Vital statistics of India. Vol. IV, Annual returns from 1871 to 1876. British Army of India, Native Army and jails of Bengal
Year: 1871
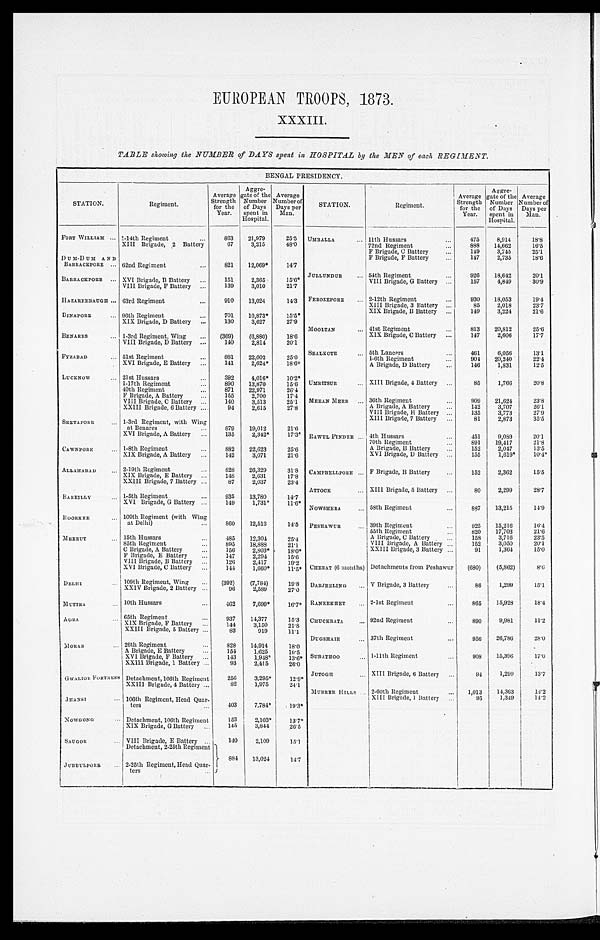
EUROPEAN TROOPS, 1873.
XXXIII.
TABLE showing the NUMBER of DAYS spent in HOSPITAL by the MEN of each REGIMENT.
BENGAL PRESIDENCY.
STATION.
Regiment.
Average
Strength
for the
Year.
Aggre-
gate of the
Number
of Days
spent in
Hospital.
Average
Number of
Days per
Man.
STATION.
Regiment.
Average
Strength
for the
Year.
Aggre-
gate of the
Number
of Days
spent in
Hospital.
Average
Number of
Days per
Man.
FORT WILLIAM . . . 1-14th Regiment . . .
863
21,979
25.5
UMBALLA . . . 11th Hussars . . .
475
8,914
18.8
XIII Brigade, 2 Battery
67
3,215
48.0
72nd Regiment . . .
888
14,662
16.5
F Brigade, C Battery . . .
149
3,745
25.1
DUM-DUM A N D
BARRACKPORE . . . 62nd Regiment . . .
821
12,069*
14.7
F Brigade, F Battery . . .
147
2,735
18.6
BARRACKPORE . . . XVI Brigade, B Battery . . .
151
2,365
15.6*
JULLUNDUR . . . 54th Regiment . . .
926
18,642
20.1
VIII Brigade, G Battery . . .
157
4,849
30.9
VIII Brigade, F Battery . . .
139
3,010
21.7
HA ZAREEBAUGH . . . 63rd Regiment . . .
910
13,024
14.3
FEROZEPORE . . . 2-12th Regiment . . .
930
18,053
19.4
XIII Brigade, 3 Battery . . .
85
2,018
23.7
XI X Br i ga de , B Ba t t e r y . . .
149
3,224
21.6
DINAPORE . . . 96th Regiment . . .
701
10,873*
15.5*
XIX Brigade, D Battery . . .
130
3,627
27.9
BENARES . . . 1-3rd Regiment, Wing . . .
(369)
(6,880)
18.6
MOOLTAN . . . 41st Regiment . . .
813
20,812
25.6
XIX Brigade, C Battery . . .
147
2,606
17.7
VIII Brigade, D Battery . . .
140
2,814
20.1
FYZABAD . . . 51st Regiment . . .
881
22,002
25.0
S E A L K O T E . . .
5th Lancers . . .
461
6,056
13.1
1-6th Regiment . . .
904
20,240
22.4
XVI Brigade, E Battery . . .
141
2,624*
18.6*
A Brigade, D Battery . . .
146
1,831
12.5
LUCKNOW . . . 21st Hussars . . .
392
4,016*
10.2*
UMRITSUR . . . XIII Brigade, 4 Battery . . .
85
1,766
20.8
1-17th Regiment . . .
890
13,870
15.6
40th Regiment . . .
871
22,971
26.4
F Brigade, A Battery . . .
155
2,700
17.4
MEEAN MEER . . . 36th Regiment . . .
909
21,624
23.8
VIII Brigade, C Battery . . .
140
3 ,513
25.1
A Brigade, A Battery . . .
142
3,707
26.1
XXIII Brigade, 6 Battery . . .
94
2 ,615
27.8
VIII Brigade, H Battery . . .
135
3,773
27.9
XIII Brigade, 7 Battery . . .
81
2,873
35.5
SEETAPORE . . . 1-3rd Regiment, with Wing
at Benares . . .
879
19,012
21.6
XVI Brigade, A Battery . . .
135
2,342*
17.3* RAWUL PINDEE . . . 4th Hussars . . .
451
9,089
20.1
70th Regiment . . .
891
19,417
21.8
CAWNPORE . . . 1-8th Regiment . . .
882
22,623
25.6
A Brigade, B Battery . . .
152
2,047
13.5
X I X B r i g a d e , A B a t t e r y . . .
142
3,071
21.6
XVI Brigade, D Battery . . .
155
1,619*
10.4*
ALLAHABAD . . . 2-19th Regiment . . .
828
26,329
31.8
CAMPBELLPORE . . . F Brigade, B Battery . . .
152
2,362
15.5
XIX Brigade, E Battery . . .
148
2,631
17.8
XXIII Brigade, 7 Battery . . .
87
2,037
23.4
BAREILLY . . . 1-5th Regiment . . .
935
13,780
14.7
ATTOCK . . .
X I I I B r i g a d e , 5 B a t t e r y . . .
80
2,299
28.7
NOWSHERA . . . 58th Regiment . . .
887
13,215
14.9
XVI Brigade, G Battery . . .
149
1,731*
11.6*
ROORKEE . . . 109th Regiment (with Wing
at Delhi) . . .
860
12,513
14.5
PESHAWU R . . . 39th Regiment . . .
925
15,216
16.4
MEERUT . . . 15th Hussars . . .
485
12,304
25.4
55th Regiment . . .
820
17,703
21.6
A Brigade, C Battery . . .
158
3,716
23.5
8 5 t h R e g i m e n t . . .
895
1 8 , 8 8 821.1
VIII Brigade,A Battery . . .
152
3,050
20.1
C Brigade, A Battery . . .
156
2 , 8 0 3 *
1 8 . 0 *
XXIII Brigade, 3 Battery . . .
91
1,364
15.0
F Brigade, E Battery . . .
147
2,294
15.6
VIII Brigade, B Battery . . .
126
2,417
19.2
CHERAT (6 months) Detachments from Peshawur
(680)
(5,862)
8.6
XVI Brigade, C Battery . . .
144
1,660*
11.5*
DELHI . . .
109th Regiment, Wing . . .
(392)
(7,784)
19.8
DARJEELING . . . V Brigade, 3 Battery . . .
86
1,299
15.1
XXIV Brigade, 2 Battery . . .
96
2,589
27.0
MUTTRA . . .
10th Hussars . . .
462
7,699*
16.7* RANEEKHET . . . 2-1st Regiment . . .
865
15,928
18.4
AGRA
. . . 65th Regiment . . .
937
14,377
15.3
CHUCKRATA . . . 92nd Regiment . . .
890
9,981
11.2
XIX Brigade, F Battery . . .
144
3,150
21.8
XXIII Brigade, 5 Battery . . .
83
919
11.1
DUGSHAIE . . . 37th Regiment . . .
956
26,786
28.0
MORAR . . . 26th Regiment . . .
828
14,914
18.0
SUBATHOO . . .
1 - 1 1 t h Re g i me n t . . .
908
15,396
17.0
A Brigade, E Battery . . .
154
1 ,625
10.5
XVI Brigade, F Battery . . .
143
1,948*
13.6*
XXIII Brigade, 1 Battery . . .
93
2,415
26.0
JUTOGH . . . XIII Brigade, 6 Battery . . .
94
1,290
13.7
GWALIOR FORTRESS
Detachment, 106th Regiment
256
3,295*
12.9*
M U R R E E H I L L S . . . 2-60th Regiment
1,013
14,363
14.2
XXIII Brigade, 4 Battery . . .
82
1,975
24.1
JHANSI . . .
106th Regiment, Head Quar-
ters . . .
403
7,784*
19.3*
XIII Brigade, 1 Battery . . .
95
1,349
14.2
NOWGONG . . .
Detachment, 106th Regiment
153
2,103*
13.7*
XIX Brigade, G Battery . . .
145
3,844
26.5
S AUGOR . . .
VIII Brigade, E Battery
Detachment, 2-25th Regiment . . .
140
2,109
15.1
JUBBULPORE . . .
2-25th Regiment, Head Quar-
t e e s . . .
884
13,024
14.7